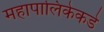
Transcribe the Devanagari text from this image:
महापालिकेकडे